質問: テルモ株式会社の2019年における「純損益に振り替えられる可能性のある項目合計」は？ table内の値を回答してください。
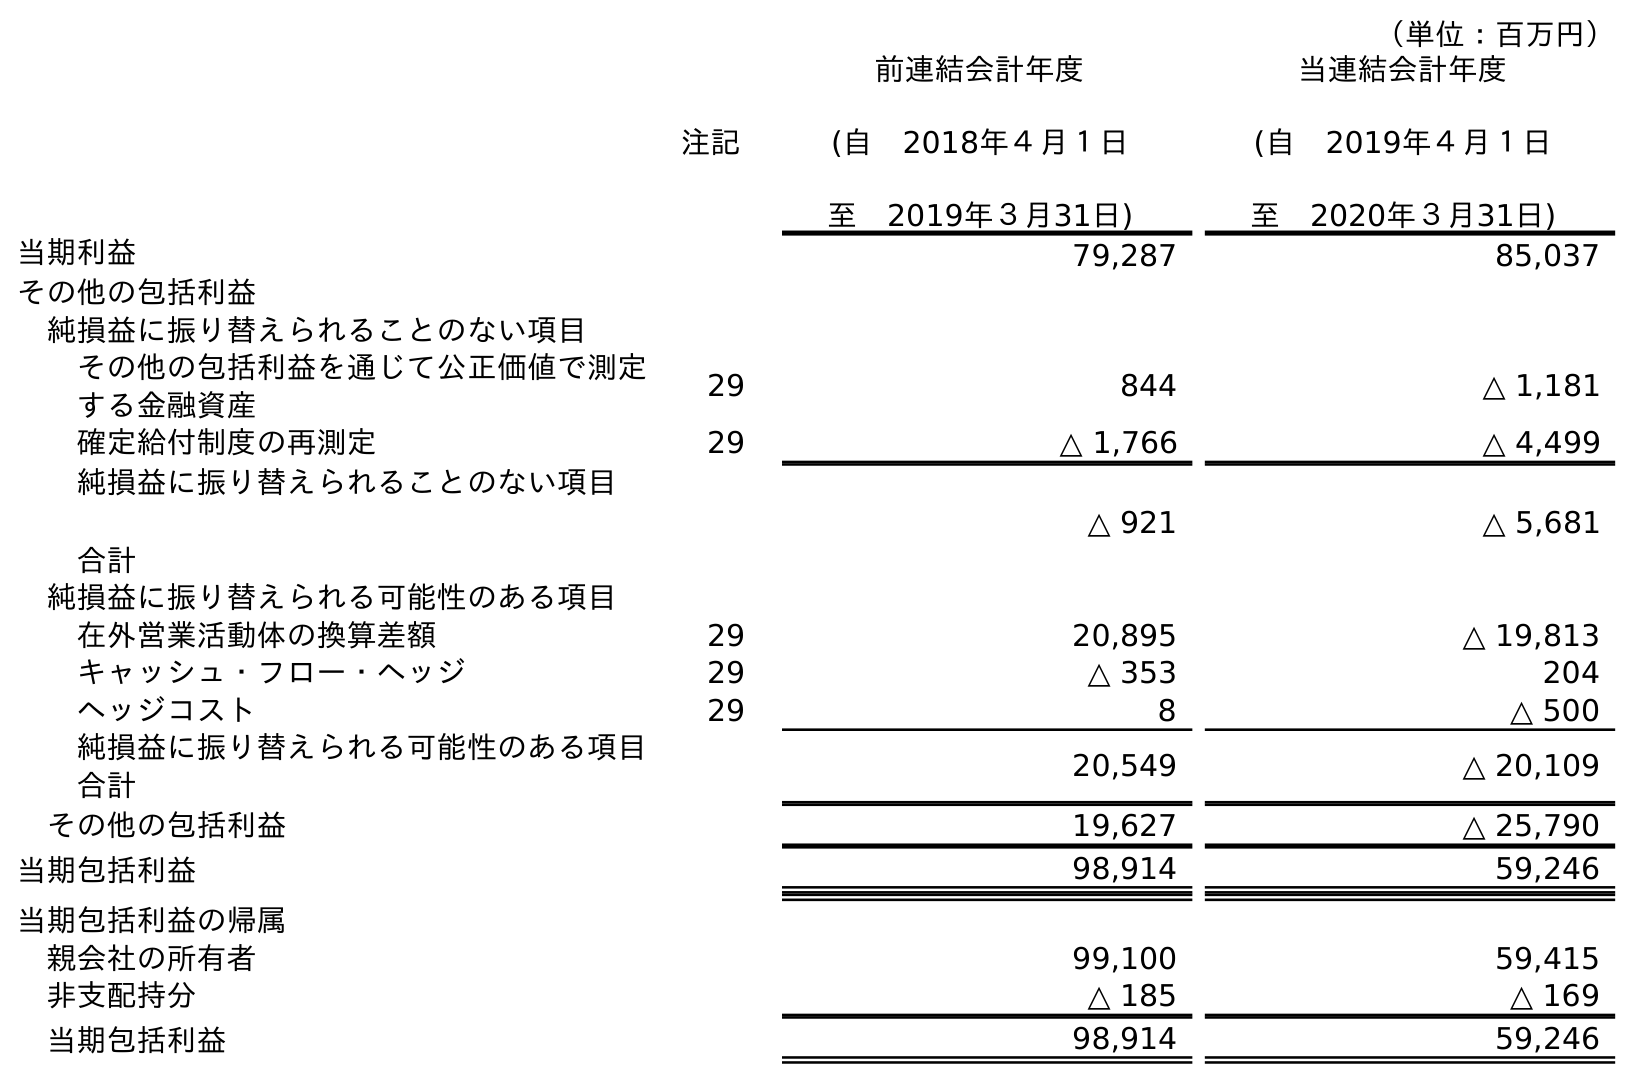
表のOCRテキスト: （単位：百万円） 注記 前連結会計年度 (自 2018年４月１日 至 2019年３月31日) 当連結会計年度 (自 2019年４月１日 至 2020年３月31日) 当期利益 79,287 85,037 その他の包括利益 純損益に振り替えられることのない項目 その他の包括利益を通じて公正価値で測定 する金融資産 29 844 △ 1,181 確定給付制度の再測定 29 △ 1,766 △ 4,499 純損益に振り替えられることのない項目 合計 △ 921 △ 5,681 純損益に振り替えられる可能性のある項目 在外営業活動体の換算差額 29 20,895 △ 19,813 キャッシュ・フロー・ヘッジ 29 △ 353 204 ヘッジコスト 29 8 △ 500 純損益に振り替えられる可能性のある項目 合計 20,549 △ 20,109 その他の包括利益 19,627 △ 25,790 当期包括利益 98,914 59,246 当期包括利益の帰属 親会社の所有者 99,100 59,415 非支配持分 △ 185 △ 169 当期包括利益 98,914 59,246
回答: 20,549